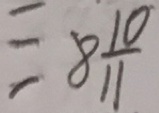
= 8 \frac { 1 0 } { 1 1 }